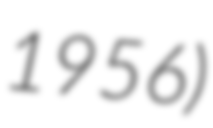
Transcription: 1956)